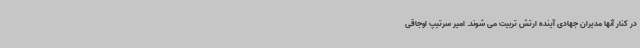
در کنار آنها مدیران جهادی آینده ارتش تربیت می شوند. امیر سرتیپ اوجاقی